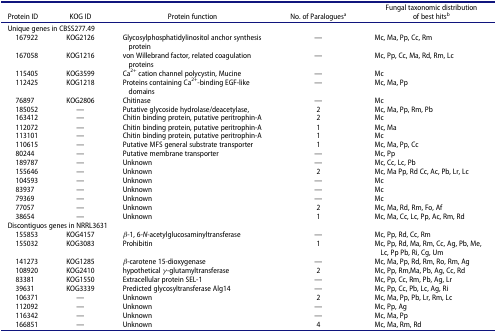
<table><thead><tr><td><b>Protein ID</b></td><td><b>KOG ID</b></td><td><b>Protein function</b></td><td><b>No. of Paralogues<sup>a</sup></b></td><td><b>Fungal taxonomic distribution of best hits<sup>b</sup></b></td></tr></thead><tbody><tr><td colspan="3">Unique genes in CBSS277.49 </td><td> </td><td> </td></tr><tr><td> 167922</td><td>KOG2126</td><td>Glycosylphosphatidylinositol anchor synthesis protein</td><td>—</td><td>Mc, Ma, Pp, Cc, Rm</td></tr><tr><td> 167058</td><td>KOG1216</td><td>von Willebrand factor, related coagulation proteins</td><td>—</td><td>Mc, Pp, Cc, Ma, Rd, Rm, Lc</td></tr><tr><td> 115405</td><td>KOG3599</td><td>Ca<sup>2+</sup> cation channel polycystin, Mucine</td><td>—</td><td>Mc</td></tr><tr><td> 112425</td><td>KOG1218</td><td>Proteins containing Ca<sup>2+</sup>-binding EGF-like domains</td><td>—</td><td>Mc, Ma, Pp</td></tr><tr><td> 76897</td><td>KOG2806</td><td>Chitinase</td><td>—</td><td>Mc</td></tr><tr><td> 185052</td><td>—</td><td>Putative glycoside hydrolase/deacetylase,</td><td>2</td><td>Mc, Ma, Pp, Rm, Pb</td></tr><tr><td> 163412</td><td>—</td><td>Chitin binding protein, putative peritrophin-A</td><td>2</td><td>Mc</td></tr><tr><td> 112072</td><td>—</td><td>Chitin binding protein, putative peritrophin-A</td><td>1</td><td>Mc, Ma</td></tr><tr><td> 113101</td><td>—</td><td>Chitin binding protein, putative peritrophin-A</td><td>1</td><td>Mc</td></tr><tr><td> 110615</td><td>—</td><td>Putative MFS general substrate transporter</td><td>1</td><td>Mc, Ma, Pp, Cc</td></tr><tr><td> 80244</td><td>—</td><td>Putative membrane transporter</td><td>—</td><td>Mc, Pp</td></tr><tr><td> 189787</td><td>—</td><td>Unknown</td><td>—</td><td>Mc, Cc, Lc, Pb</td></tr><tr><td> 155646</td><td>—</td><td>Unknown</td><td>2</td><td>Mc, Ma Pp, Rd Cc, Ac, Pb, Lr, Lc</td></tr><tr><td> 104593</td><td>—</td><td>Unknown</td><td>—</td><td>Mc</td></tr><tr><td> 83937</td><td>—</td><td>Unknown</td><td>—</td><td>Mc</td></tr><tr><td> 79369</td><td>—</td><td>Unknown</td><td>—</td><td>Mc</td></tr><tr><td> 77057</td><td>—</td><td>Unknown</td><td>2</td><td>Mc, Ma, Rd, Rm, Fo, Af</td></tr><tr><td> 38654</td><td>—</td><td>Unknown</td><td>1</td><td>Mc, Ma, Cc, Lc, Pp, Ac, Rm, Rd</td></tr><tr><td colspan="5">Discontiguos genes in NRRL3631</td></tr><tr><td> 155853</td><td>KOG4157</td><td>β-1, 6-<i>N</i>-acetylglucosaminyltransferase</td><td>—</td><td>Mc, Pp, Rd, Cc, Rm</td></tr><tr><td> 155032</td><td>KOG3083</td><td>Prohibitin</td><td>1</td><td>Mc, Pp, Rd, Ma, Rm, Cc, Ag, Pb, Me, Lc, Pp Pb, Ri, Cg, Um</td></tr><tr><td> 141273</td><td>KOG1285</td><td>β-carotene 15-dioxygenase</td><td>—</td><td>Mc, Ma, Pp, Rd, Rm, Ro, Rm, Ag</td></tr><tr><td> 108920</td><td>KOG2410</td><td>hypothetical γ-glutamyltransferase</td><td>2</td><td>Mc, Pp, Rm,Ma, Pb, Ag, Cc, Rd</td></tr><tr><td> 83381</td><td>KOG1550</td><td>Extracellular protein SEL-1</td><td>—</td><td>Mc, Pp, Cc, Rm, Pb, Ag, Lr</td></tr><tr><td> 39631</td><td>KOG3339</td><td>Predicted glycosyltransferase Alg14</td><td>—</td><td>Mc, Pp, Cc, Pb, Lc, Ag, Ri</td></tr><tr><td> 106371</td><td>—</td><td>Unknown</td><td>2</td><td>Mc, Ma, Pp, Pb, Lr, Rm, Lc</td></tr><tr><td> 112092</td><td>—</td><td>Unknown</td><td>—</td><td>Mc, Pp, Ag</td></tr><tr><td> 116342</td><td>—</td><td>Unknown</td><td>—</td><td>Mc, Ma, Pp</td></tr><tr><td> 166851</td><td>—</td><td>Unknown</td><td>4</td><td>Mc, Ma, Rm, Rd</td></tr></tbody></table>